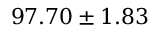
9 7 . 7 0 \pm 1 . 8 3 \